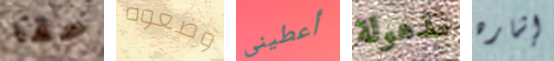
حقا وضعوه أعطينى مذهولة إشاره